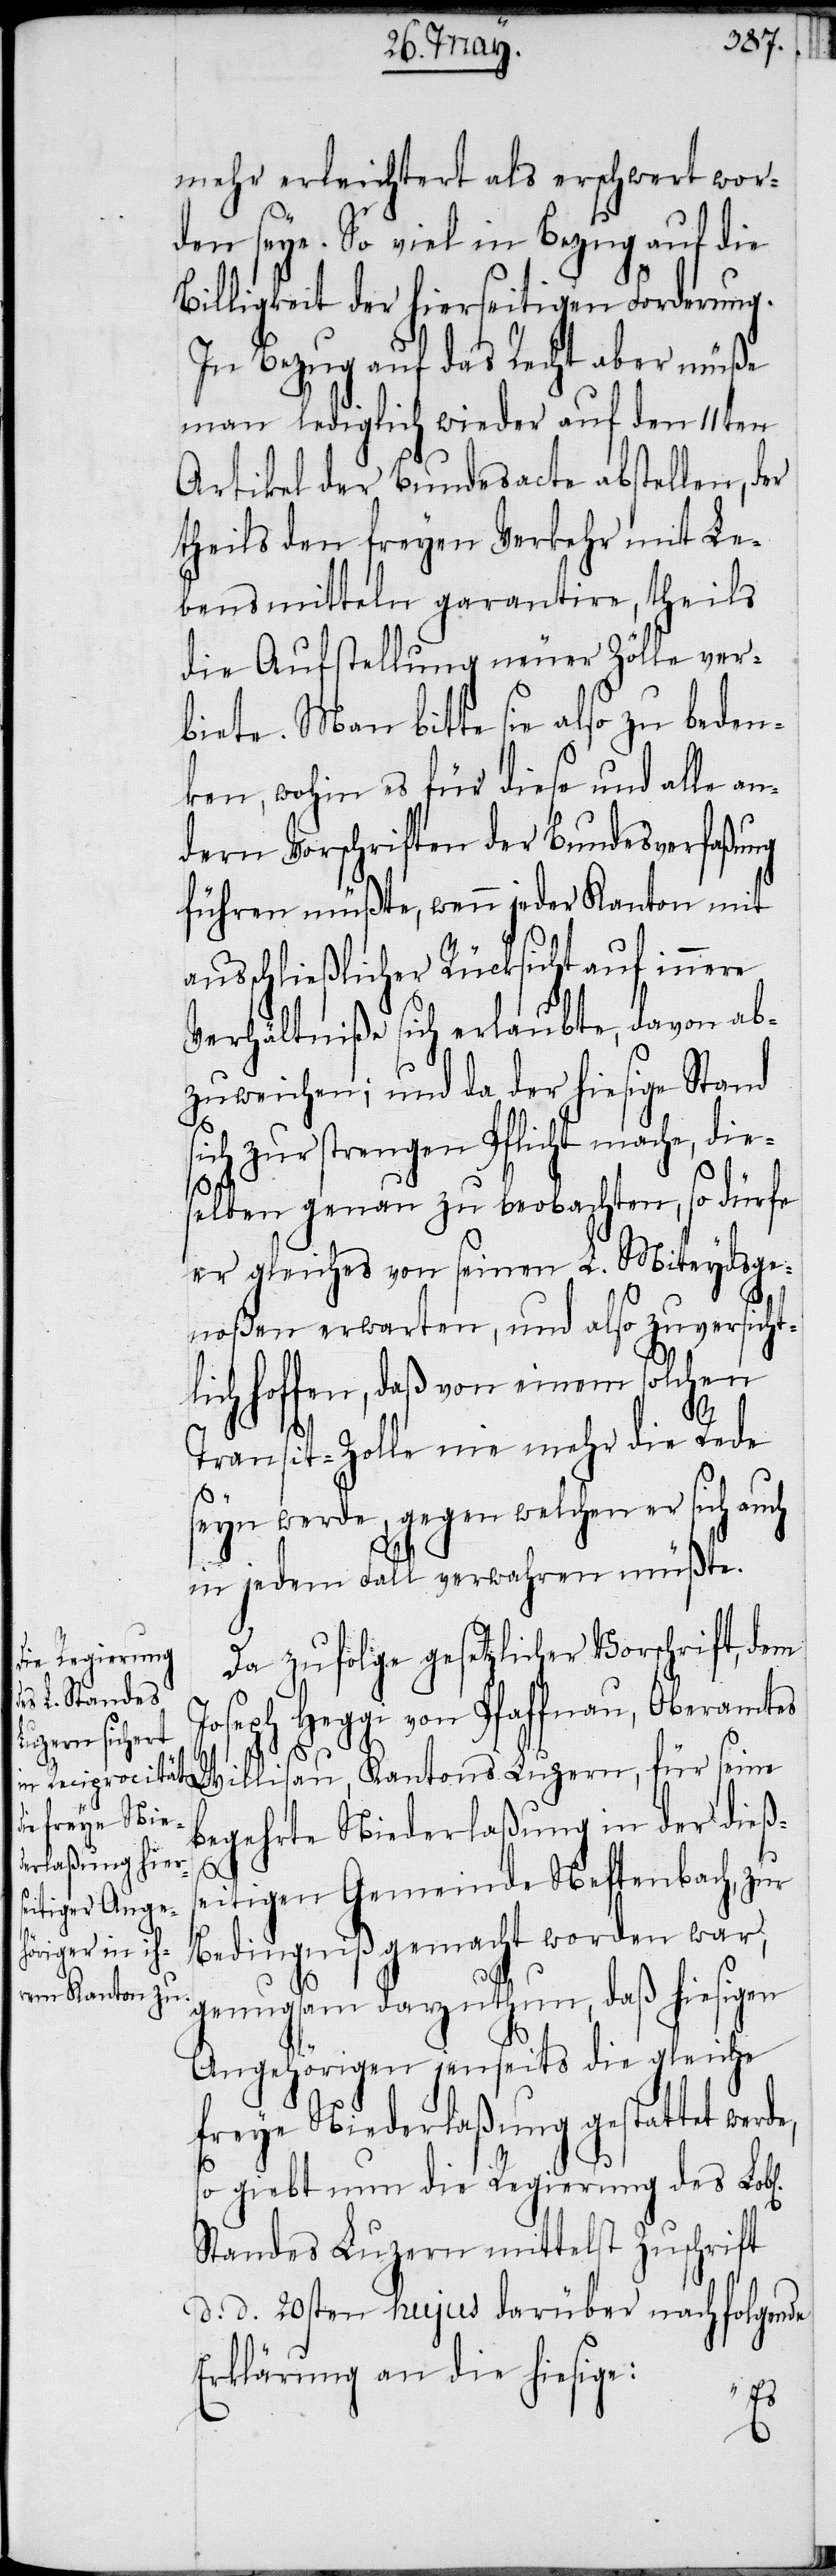
l[ichen]

mehr erleichtert als erschwert wor¬
den seye. So viel in Bezug auf die
Billigkeit der hierseitigen Forderung.
In Bezug auf das Recht aber müße
man lediglich wieder auf den 11ten
Artikel der Bundesacte abstellen, der
theils den freyen Verkehr mit Le¬
bensmitteln garantire, theils
die Aufstellung neuer Zölle ver¬
biete. Man bitte sie also zu beden¬
ken, wohin es für diese und alle an¬
dern Vorschriften der Bundesverfaßung
führen müßte, wenn jeder Kanton mit
ausschließlicher Rücksicht auf innere
Verhältniße sich erlaubte, davon ab¬
zuweichen; und da der hiesige Stand
sich zur strengen Pflicht mache, die¬
selben genau zu beobachten, so dürfe
er gleiches von seinen L. Miteydsge¬
noßen erwarten, und also zuversichtl¬
ich hoffen, daß von einem solchen
Transit-Zolle nie mehr die Rede
seyn werde, gegen welchen er sich auch
in jedem Fall verwahren müßte.
Da zufolge gesetzlicher Vorschrift, dem
Joseph Heggi von Pfaffnau, Oberamtes
Willisau, Kantons Luzern, für seine
begehrte Niederlaßung in der dießs¬
eitigen Gemeinde Neftenbach, zur
Bedingniß gemacht worden war,
genugsam darzuthun, daß hiesigen
Angehörigen jenseits die gleiche
freye Niederlaßung gestattet werd¬
so giebt nun die Regierung des Lob¬
Standes Luzern mittelst Zuschrift
d. d. 20sten hujus darüber nachfolgende
Erklärung an die hiesige:
e,